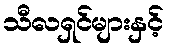
သီလရှင်များနှင့်